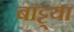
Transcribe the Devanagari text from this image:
बाट्ट्या